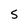
Character: S